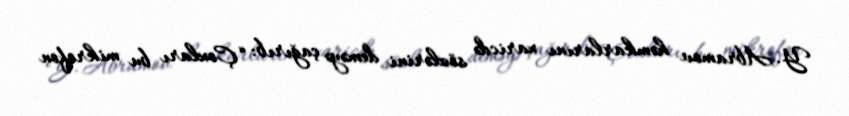
Y. Abramov həmkarlarını xaricdə sözlərini deməyə çağırıb: “Çoxları bu mikrofon